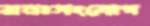
মনঃসংযোগ